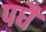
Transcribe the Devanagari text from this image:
पधै